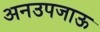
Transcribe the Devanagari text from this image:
अनउपजाऊ